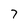
Character: 7